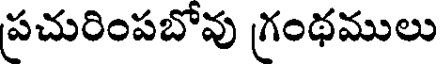
ప్రచురింపబోవు గ్రంథములు